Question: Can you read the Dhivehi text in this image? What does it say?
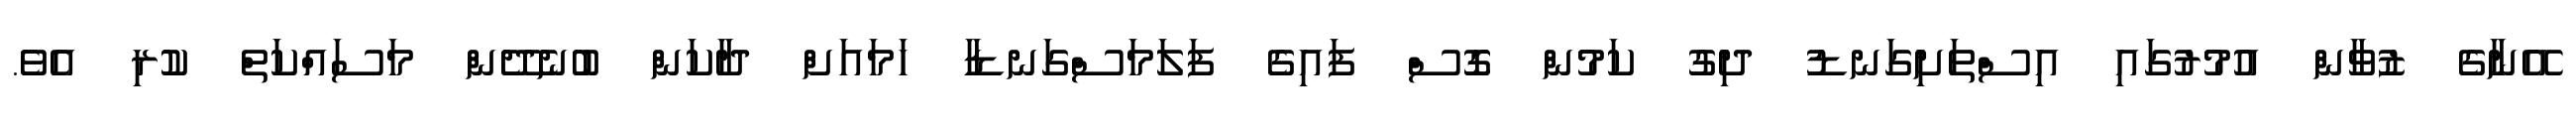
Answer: އޭނާގެ ޒުވާން އުމުރުގައި އިސްތަށިގަނޑު ދިގު ކަމުން ގޮސް ފައިގެ ފަލަމަސްގަނޑާ ހަމައަށް ދާކަން ބުނެދޭން މަސައްކަތް ކުރި އެވެ.